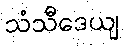
သံသီဒေယျ